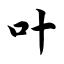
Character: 叶